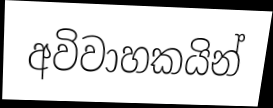
අවිවාහකයින්